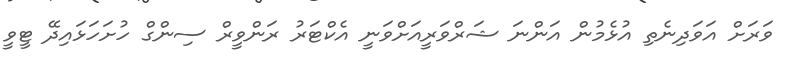
ވަރަށް އަވަދިނެތި އުޅެމުން އަންނަ ޝަރްވަރީއަށްވަނީ އެކްޓަރު ރަންވީރް ސިންގް ހުށަހަޅައިދޭ ޓީވީ